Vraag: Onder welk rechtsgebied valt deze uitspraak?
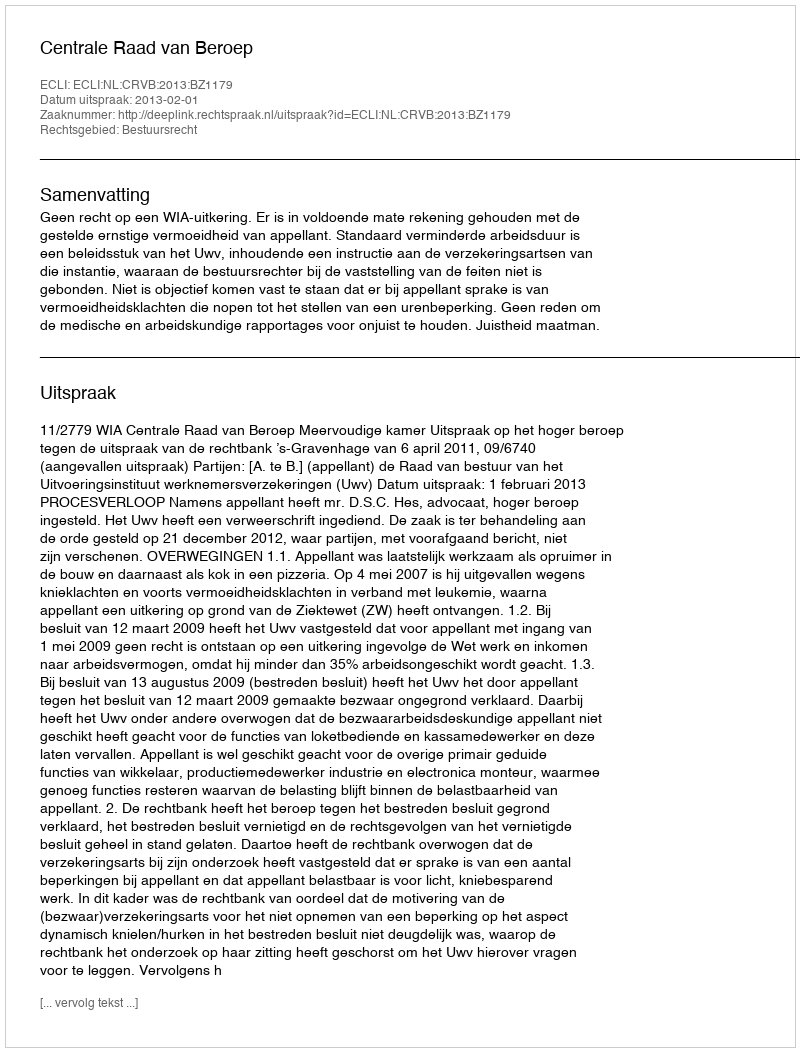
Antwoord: Bestuursrecht